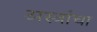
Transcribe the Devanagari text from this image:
अस्त्रांचा